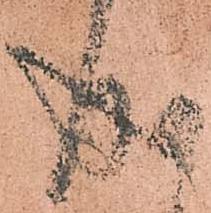
成